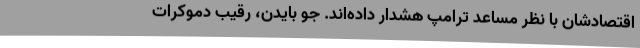
اقتصادشان با نظر مساعد ترامپ هشدار داده‌اند. جو بایدن، رقیب دموکرات